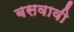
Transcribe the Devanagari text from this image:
बसवावी